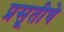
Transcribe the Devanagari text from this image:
प्रसूतीचे